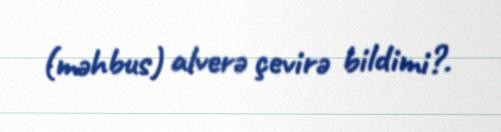
(məhbus) alverə çevirə bildimi?.